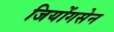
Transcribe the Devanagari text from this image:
जियोंगसेन